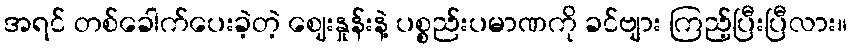
အရင် တစ်ခေါက်ပေးခဲ့တဲ့ ဈေးနှုန်းနဲ့ ပစ္စည်းပမာဏကို ခင်ဗျား ကြည့်ပြီးပြီလား။